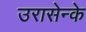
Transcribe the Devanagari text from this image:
उरासेन्के